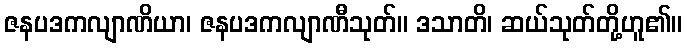
ဇနပဒကလျာဏိယာ၊ ဇနပဒကလျာဏီသုတ်။ ဒသာတိ၊ ဆယ်သုတ်တို့ဟူ၏။